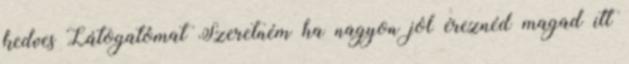
kedves Látogatómat Szeretném ha nagyon jól éreznéd magad itt